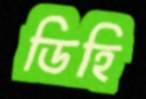
ডিহি